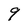
Character: 9